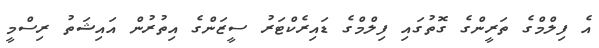
އެ ފިލްމްގެ ތަރީންގެ ގޮތުގައި ފިލްމްގެ ޑައިރެކްޓަރު ސީޒަންގެ އިތުރުން އައިޝަތު ރިސްމީ